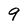
Character: 9